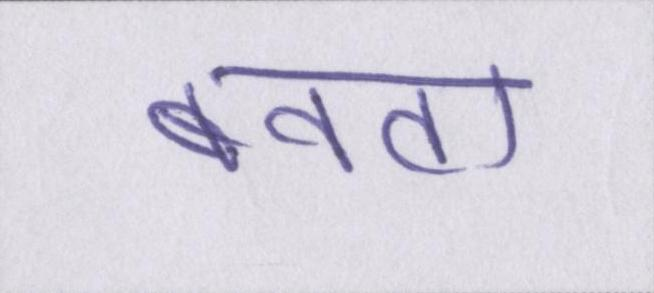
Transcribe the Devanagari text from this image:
बनता